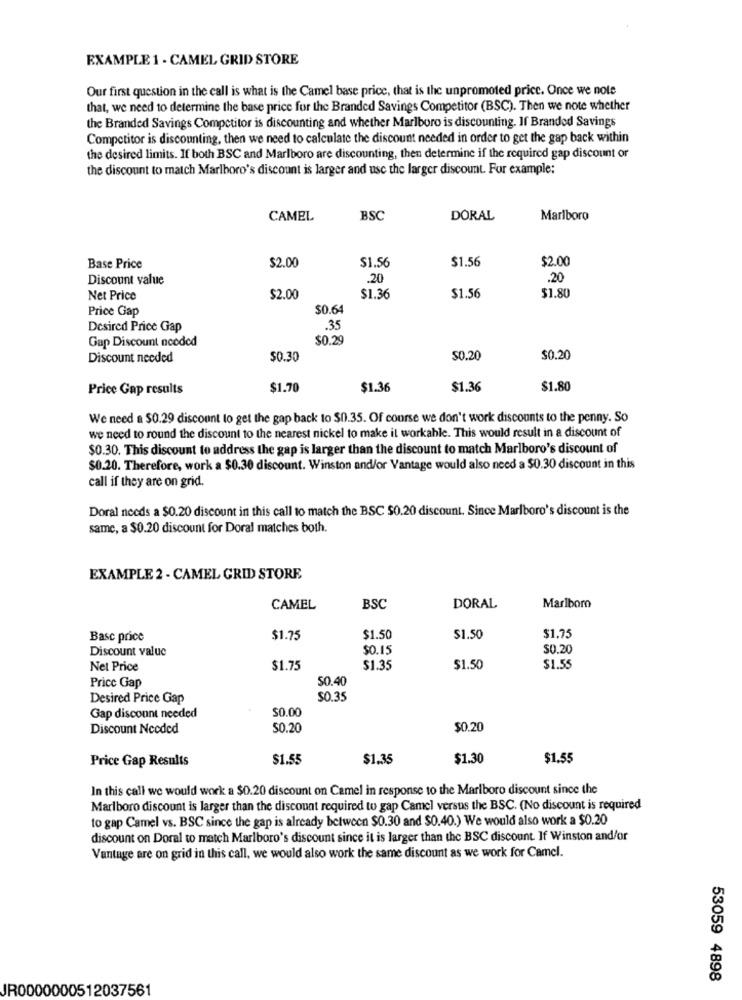
EXAMPLE 1 - CAMEL GRID STORE
Our first question in the call is what is the Camel base price, that is the unpromoted price. Once we note
that, we need to determine the base price for the Branded Savings Competitor (BSC). Then we note whether
the Branded Savings Competitor is discounting and whether Marlboro is discounting. If Branded Savings
Competitor is discounting, then we need to calculate the discount needed in order to get the gap back within
the desired limits. If both BSC and Marlboro are discounting, then determine if the required gap discount or
the discount to match Marlboro's discount is larger and use the larger discount. For example:
CAMEL
BSC
DORAL
Marlboro
$2.00
$1.56
$1.56
$2.00
Base Price
Discount value
.20
.20
Net Price
$2.00
$1.36
$1.56
$1.80
Price Gap
$0.64
Desired Price Gap
.35
$0.29
Gap Discount needed
Discount needed
$0.30
$0.20
$0.20
Price Gap results
$1.70
$1.36
$1.36
$1.80
We need a $0.29 discount to get the gap back to $0.35. Of course we don't work discounts to the penny. So
we need to round the discount to the nearest nickel to make it workable. This would result in a discount of
$0.30. This discount to address the gap is larger than the discount to match Marlboro's discount of
$0.20. Therefore, work a $0.30 discount. Winston and/or Vantage would also need a $0.30 discount in this
call if they are on grid.
Doral needs a $0.20 discount in this call to match the BSC $0.20 discount. Since Marlboro's discount is the
same, a $0.20 discount for Doral matches both.
EXAMPLE 2 - CAMEL GRID STORE
CAMEL
BSC
DORAL
Marlboro
Basc price
$1.75
$1.50
$1.50
$1.75
Discount value
$0.15
$0.20
Net Price
$1.75
$1.35
$1.50
$1.55
Price Gap
50.40
Desired Price Gap
$0.35
$0.00
Gap discount needed
Discount Needed
50.20
$0.20
Price Gap Results
$1.55
$1.35
$1.30
$1.55
In this call we would work a $0.20 discount on Camel in response to the Marlboro discount since the
Marlboro discount is larger than the discount required to gap Camel versus the BSC. (No discount is required
to gap Camel vs. BSC since the gap is already between $0.30 and $0.40.) We would also work a $0.20
discount on Doral to match Marlboro's discount since it is larger than the BSC discount. If Winston and/or
Vantage are on grid in this call, we would also work the same discount as we work for Camel.
53059 4898
JR0000000512037561